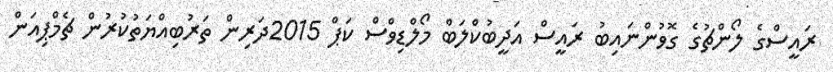
ރައީސްގެ ލޯންޗުގެ ގޮވުންނައިބު ރައީސް އަދީބުކްލަބް މޯލްޑިވްސް ކަޕް 2015ދަރިން ތަރުބިއްޔަތުކުރުން ޗެމްޕިއަން